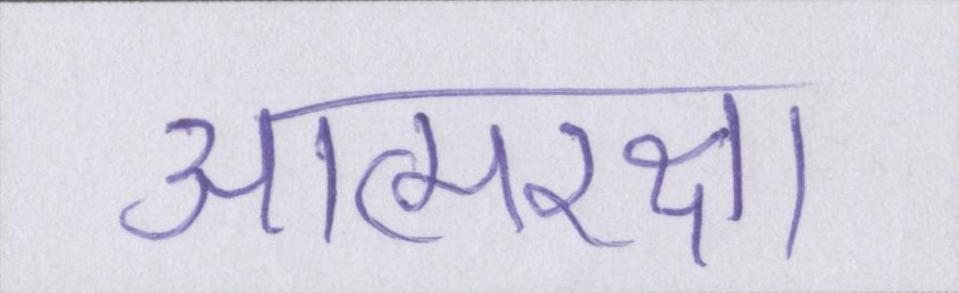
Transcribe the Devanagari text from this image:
आत्मरक्षा